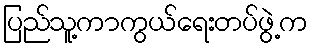
ပြည်သူ့ကာကွယ်ရေးတပ်ဖွဲ့က